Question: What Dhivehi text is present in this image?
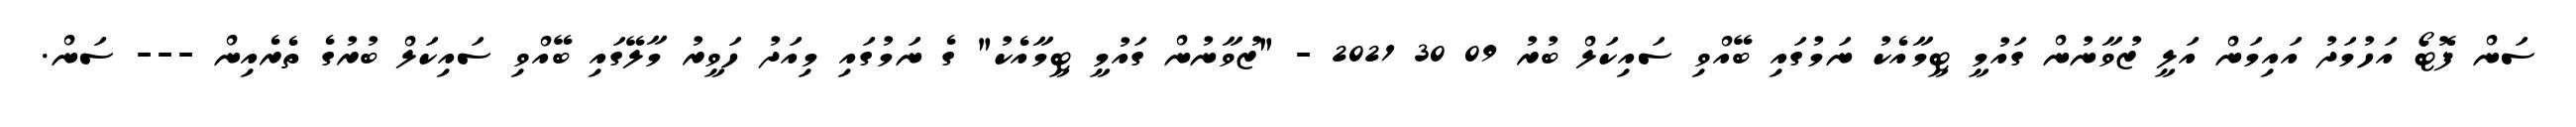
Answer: ސަން ފޮޓޯ އަހުމަދު އައިމަން އަލީ ޒުވާނުން ގައުމީ ޓީމާއެކު ނަމުގައި ބޭއްވި ސައިކަލް ބުރު 09 30 2021 - "ޒުވާނުން ގައުމީ ޓީމާއެކު" ގެ ނަމުގައި މިއަދު ހަވީރު މާލޭގައި ބޭއްވި ސައިކަލް ބުރުގެ ތެރެއިން --- ސަން.